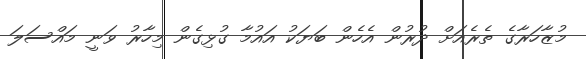
މުޒާހަރާގެ ތެރެއަށް ދުރުން އެހެން ބަޔަކު އައުމާ ގުޅިގެން މިހާރު ވަނީ މައްސަލަ